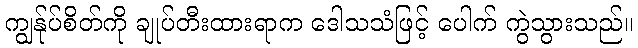
ကျွန်ုပ်စိတ်ကို ချုပ်တီးထားရာက ဒေါသသံဖြင့် ပေါက် ကွဲသွားသည်။